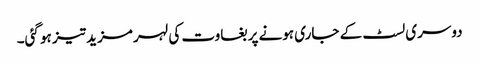
دوسری لسٹ کے جاری ہونے پر بغاوت کی لہر مزید تیز ہو گئی۔